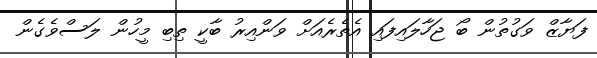
ފަޔާޒް ވަގުތުން ބޯ ޖަހާލައިފައި އެތެރެއަށް ވަންއިރު ބާކީ ތިބި މީހުން ލަސްވެގެން